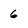
Character: 6